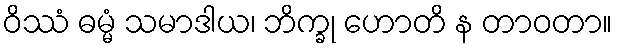
ဝိဿံ ဓမ္မံ သမာဒါယ၊ ဘိက္ခု ဟောတိ န တာဝတာ။